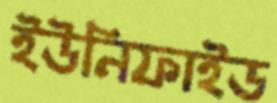
ইউনিফাইড